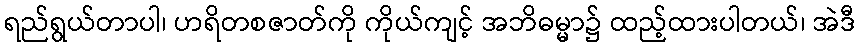
ရည်ရွယ်တာပါ၊ ဟရိတစဇာတ်ကို ကိုယ်ကျင့် အဘိဓမ္မာ၌ ထည့်ထားပါတယ်၊ အဲဒီ